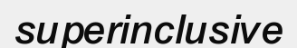
superinclusive